Annual administration report of the Civil Veterinary Department of India - 1899-1900
Year: 1899
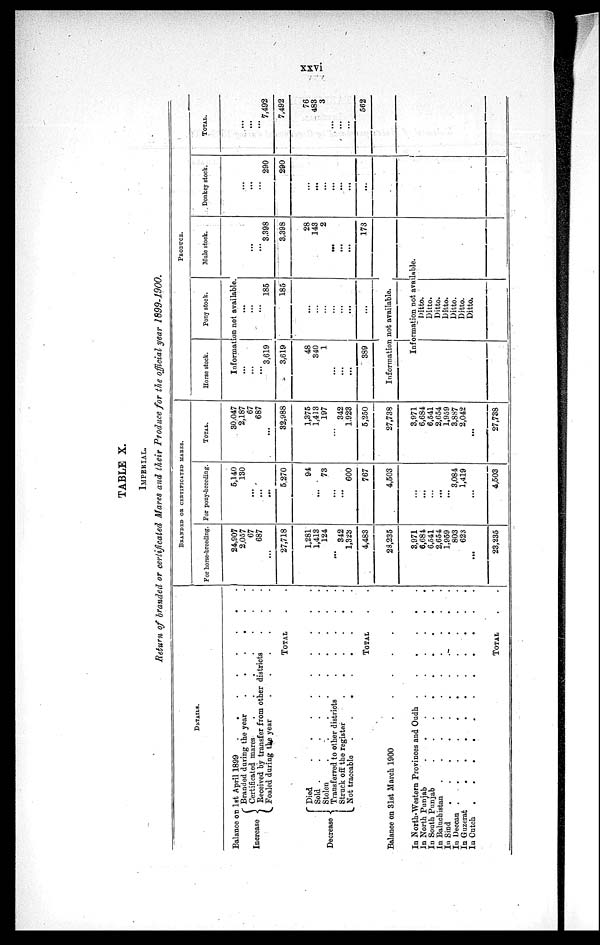
xxvi
TABLE X.
IMPERIAL.
Return of branded or certificated Mares and their Produce for the official year 1899-1900.
DETAILS.
Balance on
Increase
Decrease
1st April 1899
.
.
.
.
.
.
.
.
Branded during the year
.
.
.
.
.
.
Certificated mares
.
.
.
.
.
.
.
Received by transfer from other districts . . .
Foaled during the year
.
.
.
.
.
.
TOTAL
Died
.
.
.
.
.
.
Sold
.
.
.
.
.
.
.
.
Stolen
.
.
.
.
.
.
Transferred to other districts . . . . .
Struck off the register
.
.
.
.
.
.
Not traceable
.
.
.
.
.
.
.
TOTAL
Balance on
31st March 1900
.
.
.
.
.
.
In North-W
estern Provinces and Oudh .
.
.
.
.
.
In North P
unjab
.
.
.
.
.
.
.
.
.
In South P
unjab
.
.
.
.
.
.
.
.
.
In Baluchi
stan
.
.
.
.
.
.
.
.
.
.
In Sind . . . . . . .
In Deccan
.
. .
.
.
.
.
.
.
.
.
In Guzerat
.
.
.
.
.
.
.
.
.
.
In Cutch
.
.
.
.
.
.
.
.
.
.
TOTAL
BRANDED OR CERTIFICATED MARES.
For horse-breeding.
24,907
2,057
67
687
...
27,718
1,281
1,413
124
...
342
1,323
4,483
23,235
3,971
6,684
6,541
2,654
1,959
803
623
...
23,235
For pony-breeding.
5,140
130
...
...
...
5,270
94
...
73
...
...
600
767
4,503
...
...
...
3,084
1,419
...
4,503
TOTAL.
30.047
2,187
67
687
...
32,988
1,375
1,413
197
...
342
1,923
5,250
27,738
3,971
6,684
6,541
2,654
1,959
3,8S7
2,042
...
27,738
PRODUCE.
Horse stock.
Pony stock.
Information not available.
...
...
...
3,619
3,619
48
340
1
...
...
...
389
...
...
...
185
185
...
...
...
...
Information not available.
Mule stock.
...
...
...
3,398
3,398
28
143
2
...
...
...
173
Information not available.
Ditto.
Ditto.
Ditto.
Ditto.
Ditto.
Ditto.
Ditto.
Donkey stock.
...
...
290
290
...
...
...
...
...
...
TOTAL.
...
...
...
7,492
7,492
76
483
3
...
...
562